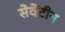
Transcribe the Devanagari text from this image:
सेवेंटीन